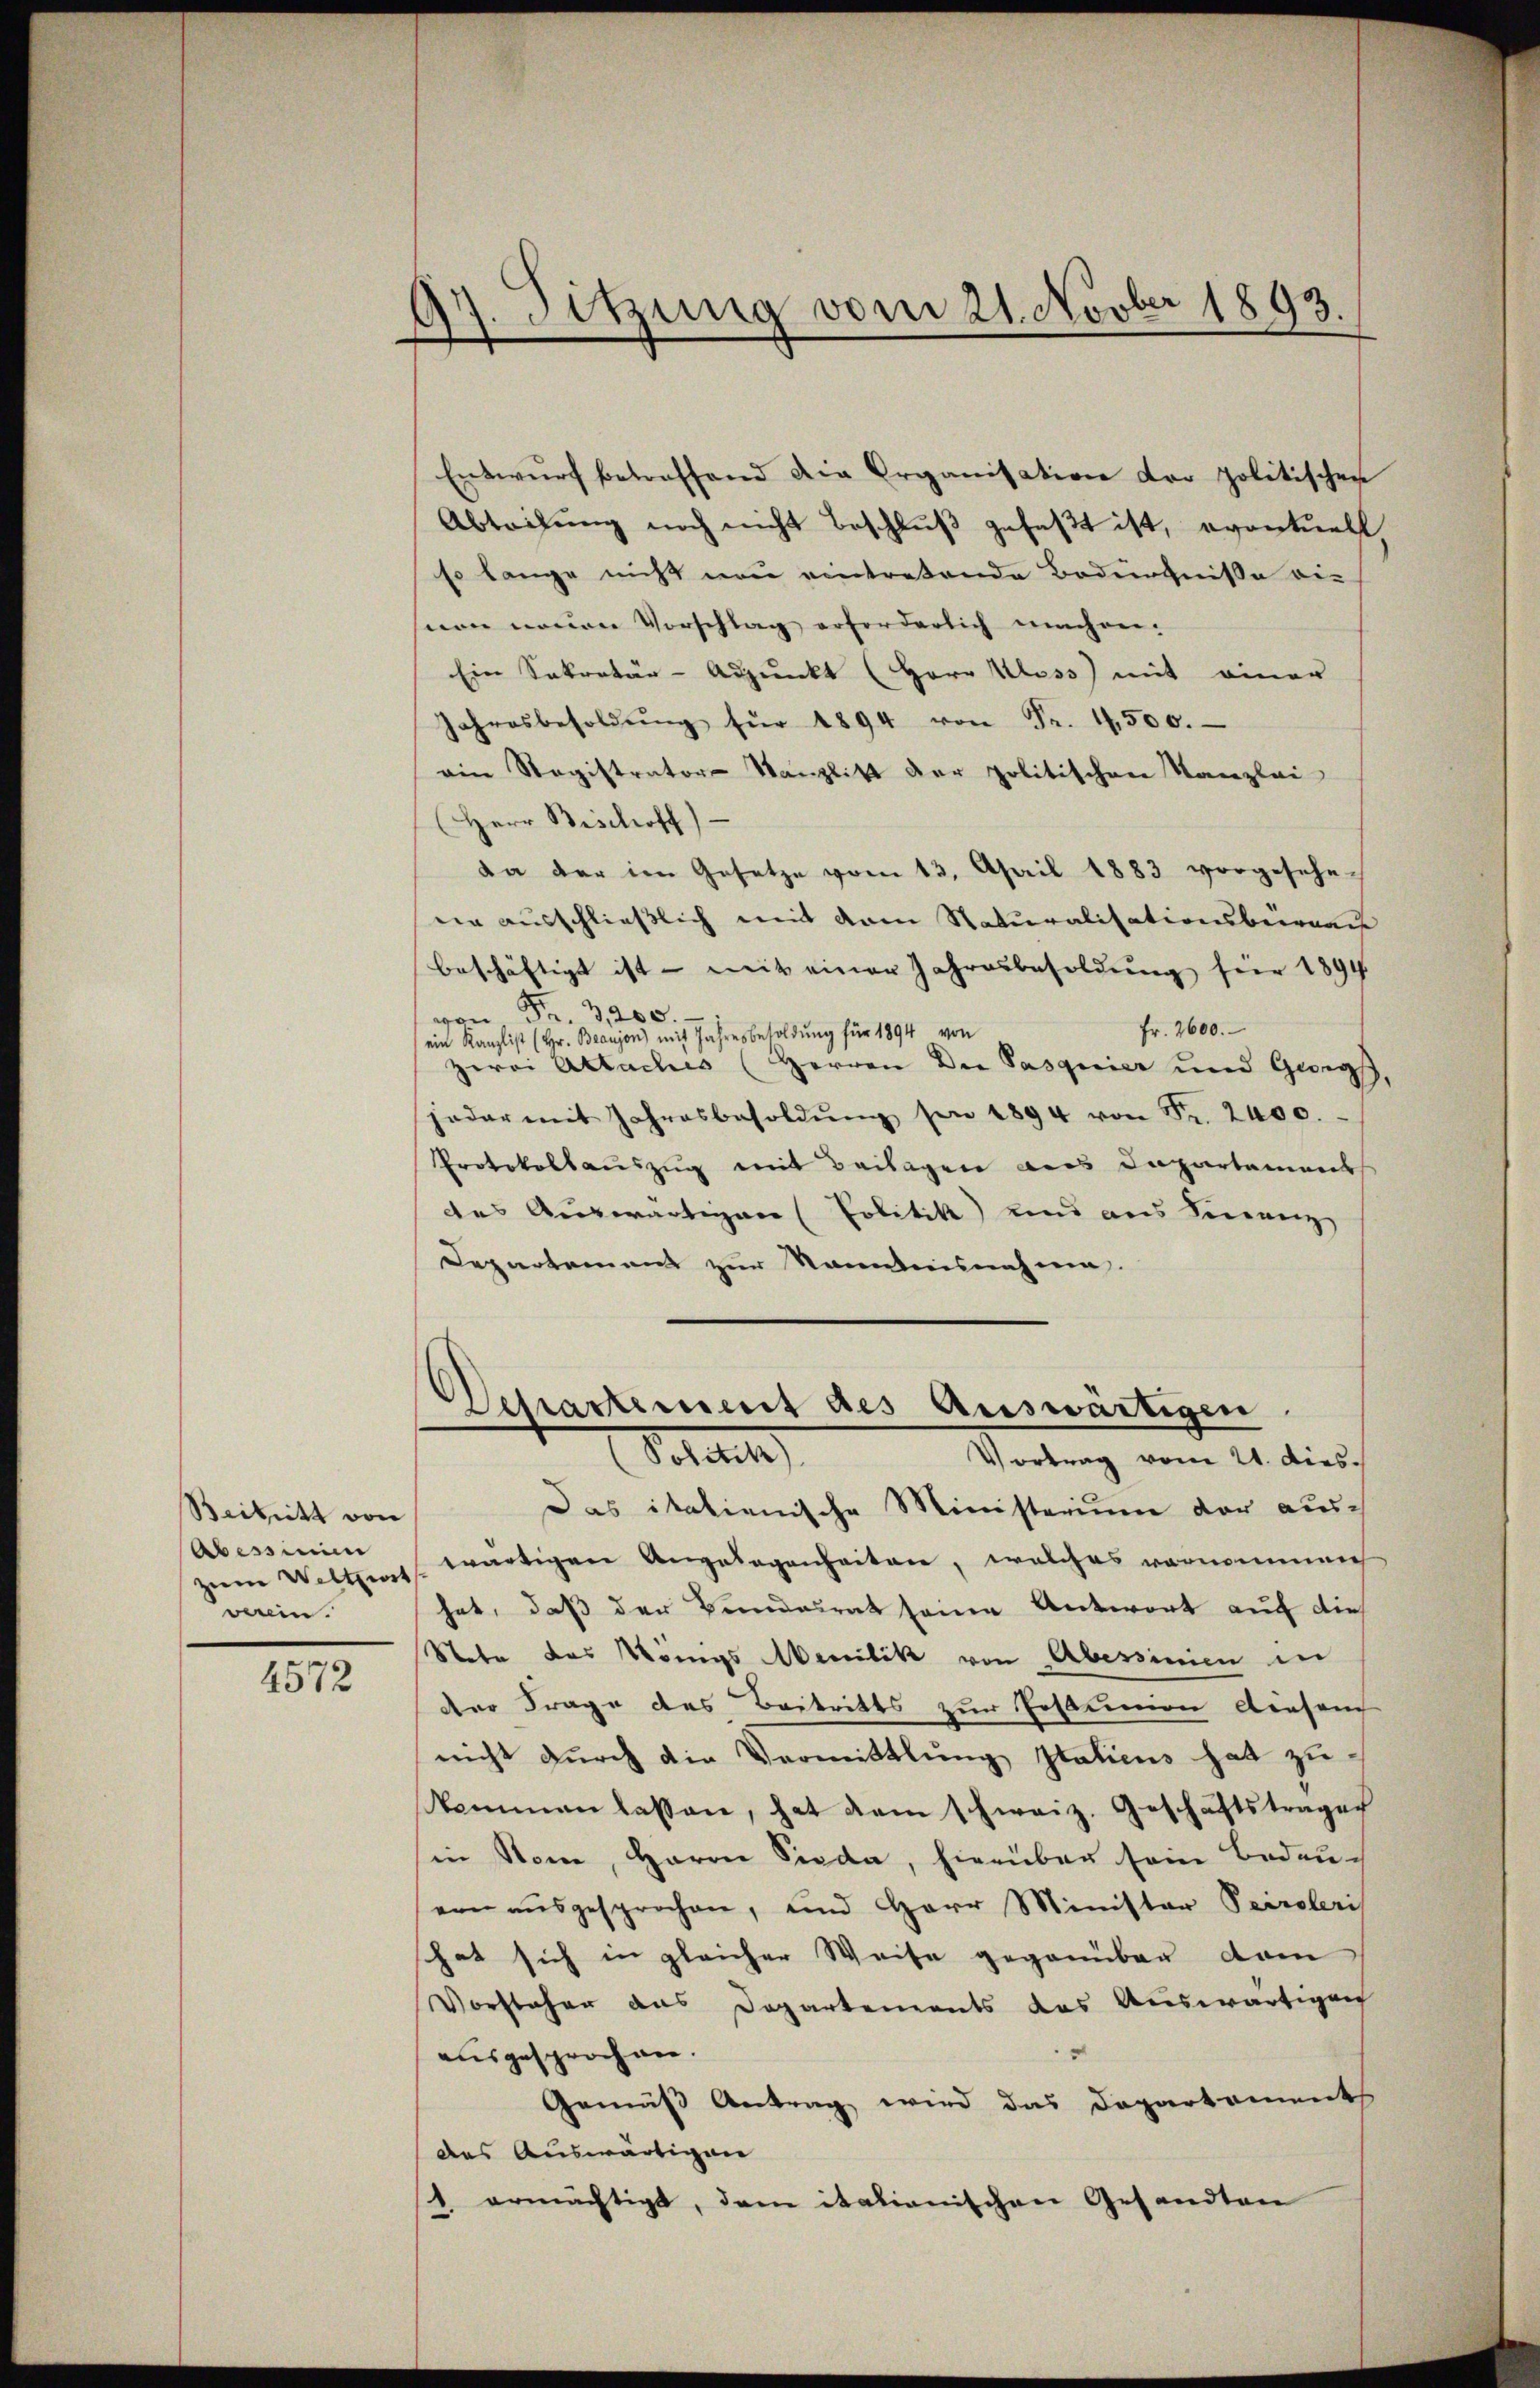
Beibritt von
Abessium
zum Weltzert
verein.

4572

17. Sitzung vom 21. Novber 1893.

Entwŭrf betreffend die Organisation der politischen
Abteilung noch nicht beschluß gefaßt ist, eventuell,
so lange nicht neu eintretende Bedürfnisse ei-
non neuen Vorschlag erforderlich machen.
Ein Sekretär-Adjunkt (Herr Klass) mit einer
Jahresbesoldŭng für 1894 von Fr. 4500.
ein Registrator-Kanzlist der politischen Kanzlei-
(Herr Bischoff)
da der im Gesetze vom 13. April 1883 vorgesehe-
ein ausschließlich mit dem Naturalisationsbeirend
beschäftigt ist - mit einer Jahresbesoldŭng für 1894
von Fr. 3200.
Fr. 2600.
ein Kanzlist (Hr. Braujon) mit Jahresbesoldung für 1894 von
zwei Attaches (Herren Die Pasquier und Gwig,
jeder mit Jahresbesoldŭng sei 1894 von Fr. 2400.
Protokollauszug mit Beilagen aus Capartament
des Auswärtiger (Politik und aus Finanz
Departement zur Nantensnahme.
Derartement des Auswärtigen.
Soldet
Vortrag vom 21. dies¬
Das italienische Ministerium der aus-
wärtigen Angelegenheiten, welches vornommen
hat, daß der Bundesrat seine Antwort auf die
Note das Königs Meritik von Abessinien in
der Frage des Beitritts zur Ersammen diesem
nicht durch die Vermittlung Italiens hat zu
kommen lassen, hat dem schweiz. Geschäftstrages
in Stone, Herrn Sieda, hierüber sein Bedeuern ausgesprochen, und Herr Minister Peiroleris
hat sich in gleicher Weise gegenüber dam
Vorsteher aus Departements das Auswärtigen
ausgesprochen.
Gemäß Antrag wird das Departament
des Auswärtigen
1 ermächtigt, dem italienischen Gesandten